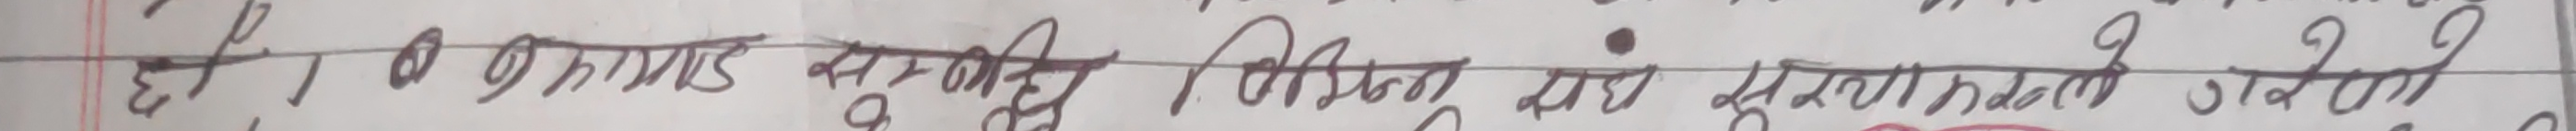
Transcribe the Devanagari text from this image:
है ७ कगण्ड सम्बन्धी बिस्कल सो सुनाउनु मडल जाने २